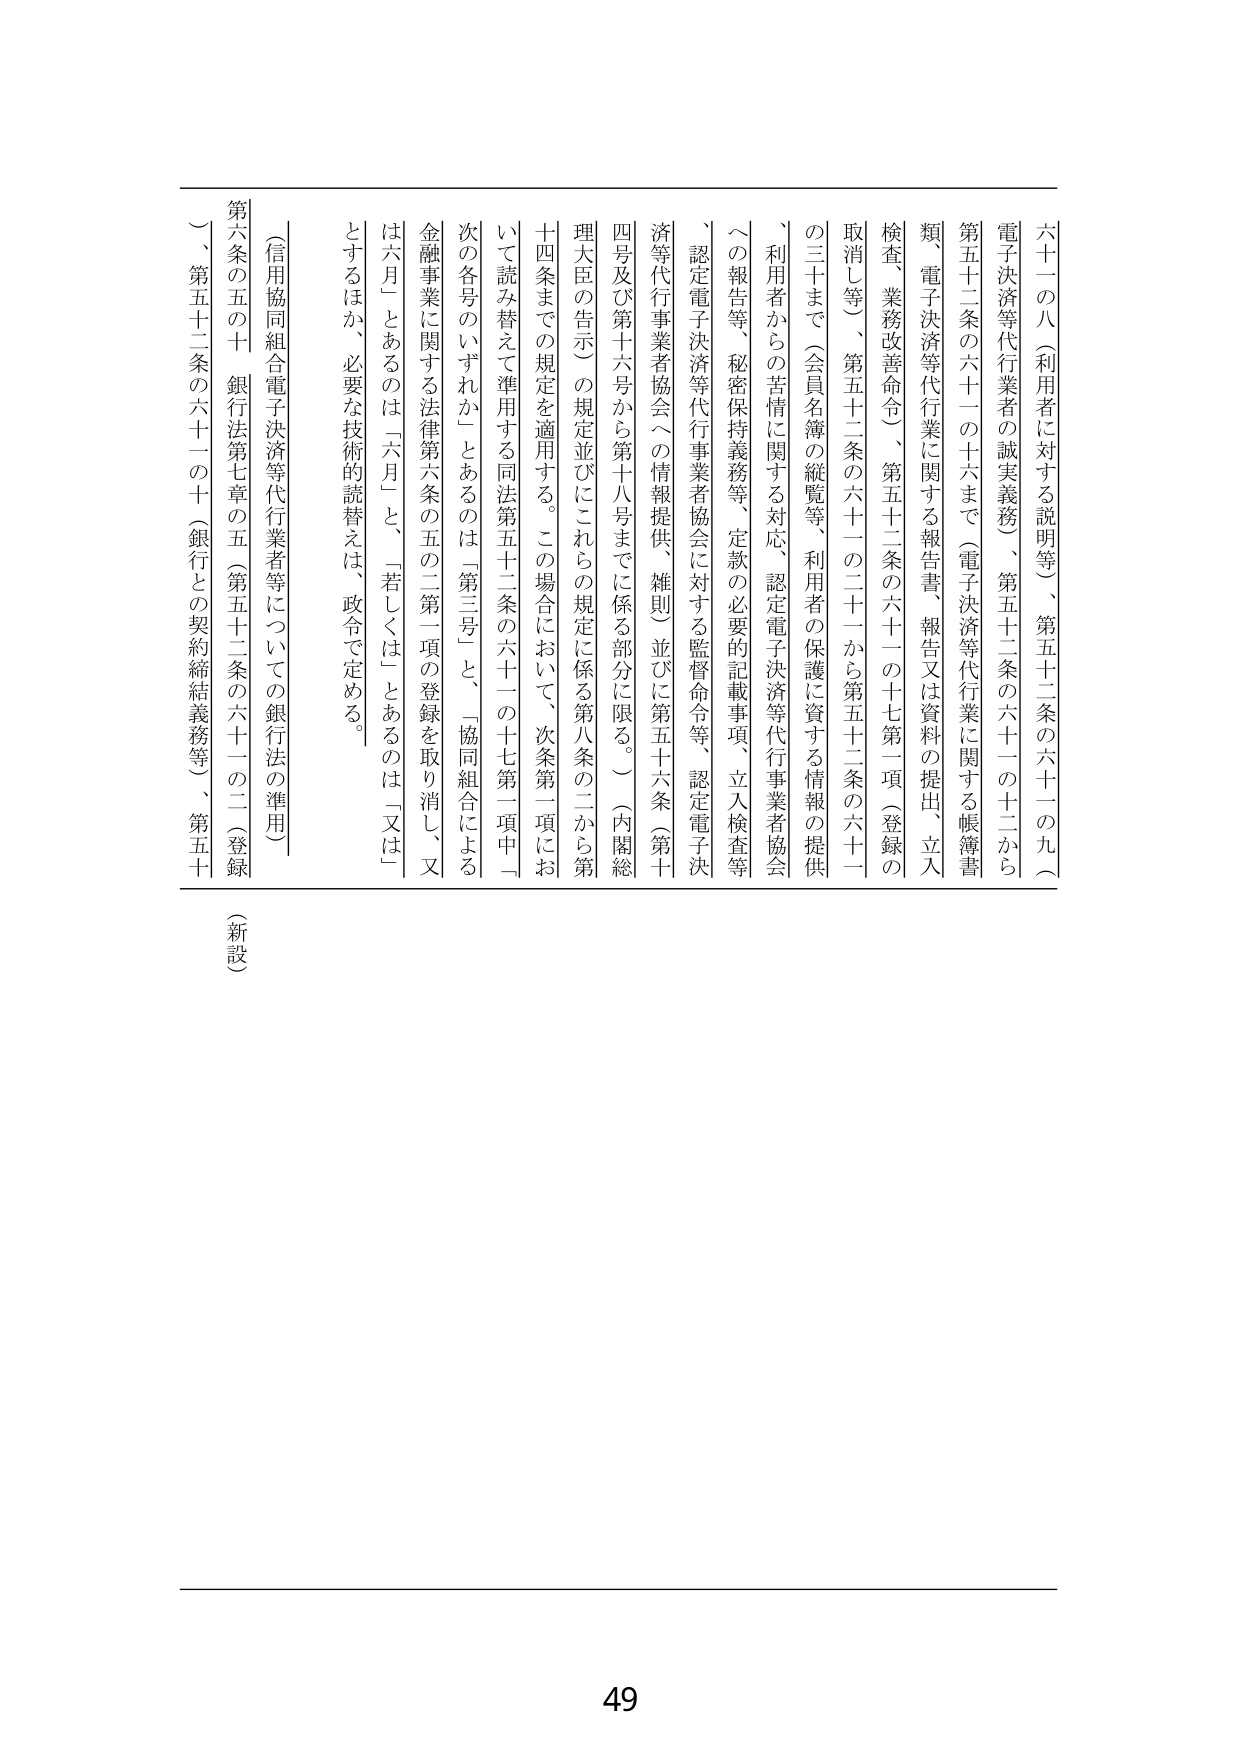
六十一の八（利用者に対する説明等）、第五十二条の六十一の九（電子決済等代行業者の誠実義務）、第五十二条の六十一の十二から第五十二条の六十一の十六まで（電子決済等代行業に関する帳簿書類、電子決済等代行業に関する報告書、報告又は資料の提出、立入検査、業務改善命令）、第五十二条の六十一の十七第一項（登録の取消し等）、第五十二条の六十一の二十一から第五十二条の六十一の三十まで（会員名簿の縦覧等、利用者の保護に資する情報の提供、利用者からの苦情に関する対応、認定電子決済等代行業者協会への報告等、秘密保持義務等、定款の必要な記載事項、立入検査等、認定電子決済等代行業者協会に対する監督命令等、認定電子決済等代行業者協会への情報提供、雑則）並びに第五十六条（第十四号及び第十六号から第十八号までに係る部分に限る。）（内閣総理大臣の告示）の規定並びにこれらの規定に係る第八条の二から第十四条までの規定を適用する。この場合において、次条第一項において読み替えて準用する同法第五十二条の六十一の十七第一項中「次の各号のいずれか」とあるのは「第三号」と、「協同組合による金融事業に関する法律第六条の五の二第一項の登録を取り消し、又は六月」とあるのは「六月」と、「若しくは」とあるのは「又は」とするほか、必要な技術的読替えは、政令で定める。

（信用協同組合電子決済等代行業者等についての銀行法の準用）

第六条の五の十　銀行法第七章の五（第五十二条の六十一の二（登録）、第五十二条の六十一の十（銀行との契約締結義務等）、第五十

（新設）

49